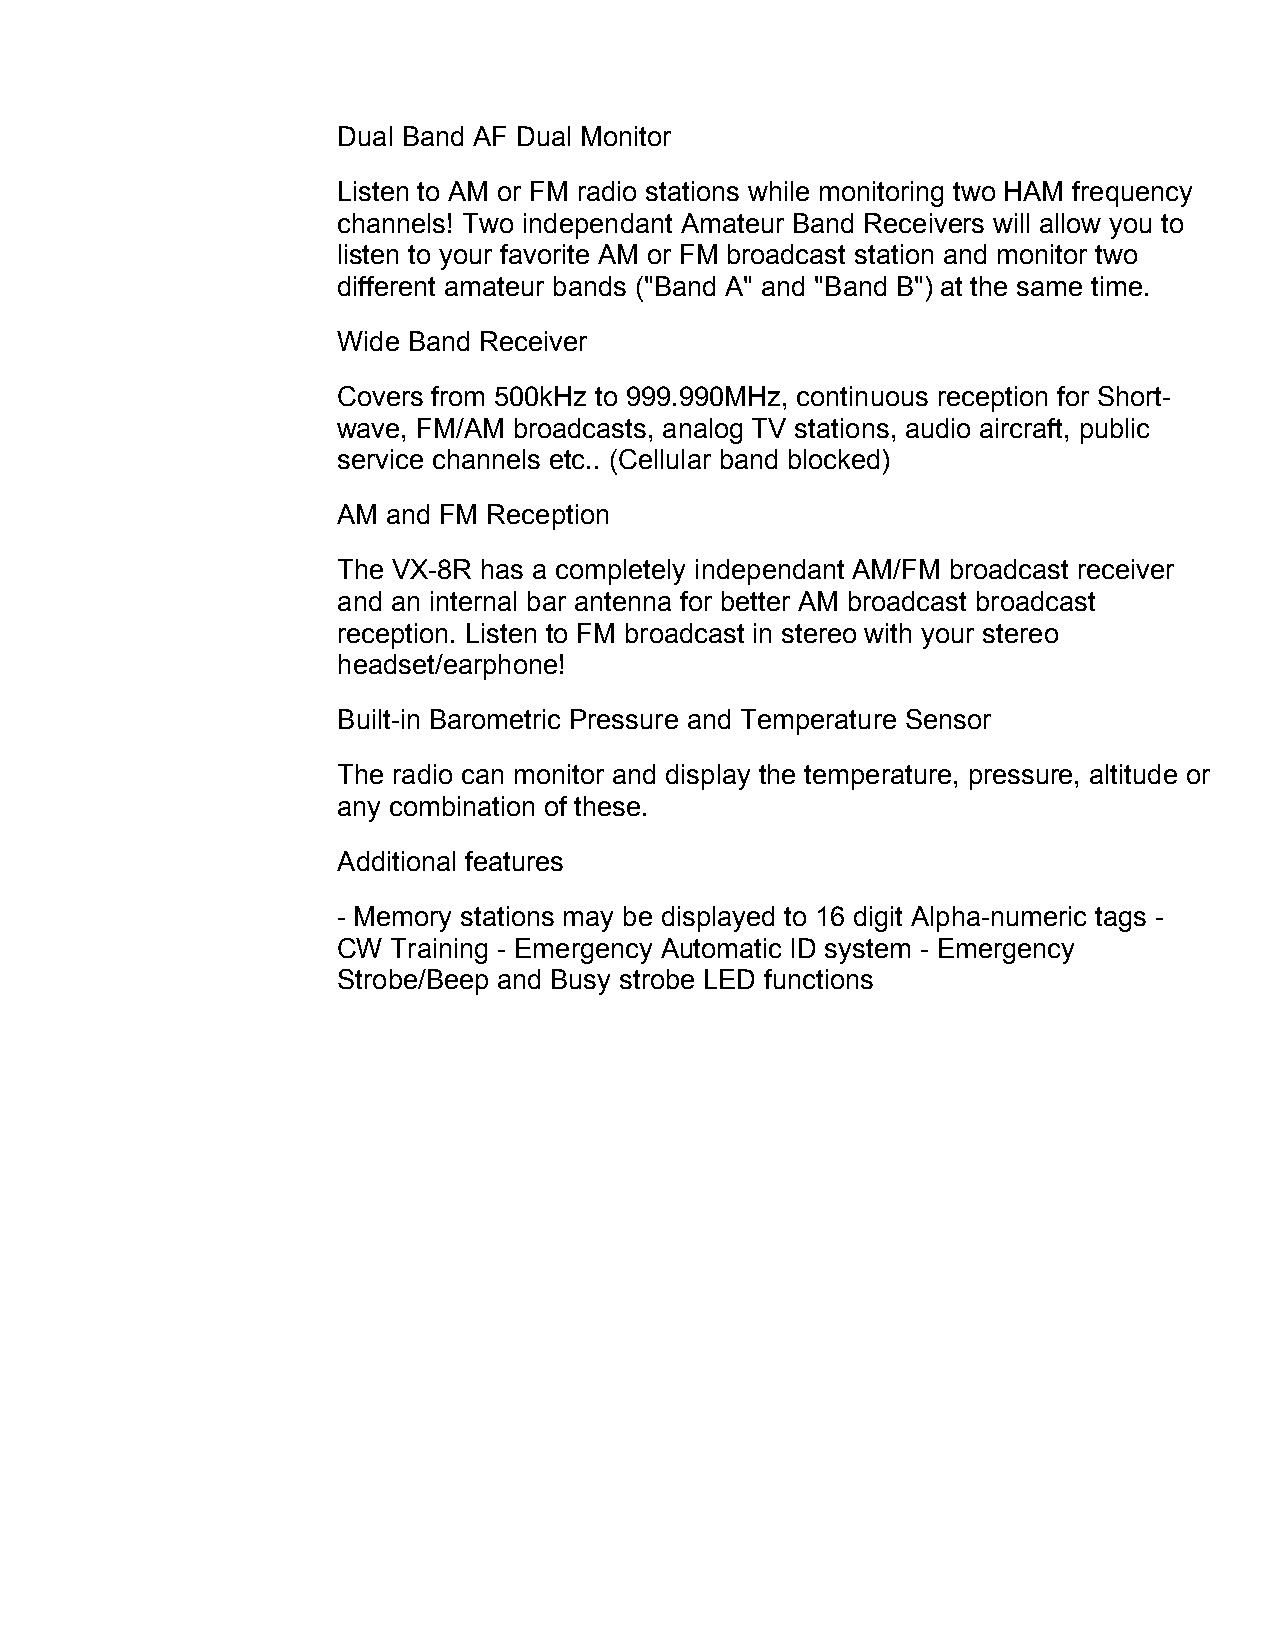
Dual Band AF Dual Monitor
 Listen to AM or FM radio stations while monitoring two HAM frequency
 channels! Two independant Amateur Band Receivers will allow you to
 listen to your favorite AM or FM broadcast station and monitor two
 different amateur bands ("Band A" and "Band B") at the same time.
 Wide Band Receiver
 Covers from 500kHz to 999.990MHz, continuous reception for Short-
 wave, FM/AM broadcasts, analog TV stations, audio aircraft, public
 service channels etc.. (Cellular band blocked)
 AM  and FM Reception
 The VX-8R has a completely independant AM/FM broadcast receiver
 and an internal bar antenna for better AM broadcast broadcast
 reception. Listen to FM broadcast in stereo with your stereo
 headset/earphone!
 Built-in Barometric Pressure and Temperature Sensor
 The radio can monitor and display the temperature, pressure, altitude or
 any combination of these.
 Additional features
 - Memory stations may be displayed to 16 digit Alpha-numeric tags -
 CW  Training - Emergency Automatic ID system - Emergency
 Strobe/Beep and Busy strobe LED functions